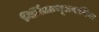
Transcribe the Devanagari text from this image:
निर्मिताःशूलपाणिना